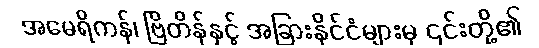
အမေရိကန်၊ ဗြိတိန်နှင့် အခြားနိုင်ငံများမှ ၎င်းတို့၏